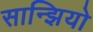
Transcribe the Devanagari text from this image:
सान्झियो